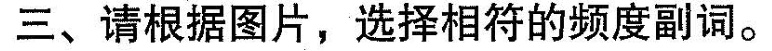
三、请根据图片,选择相符的频度副词。